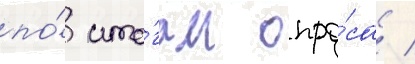
по́ ито́гам опро́са /